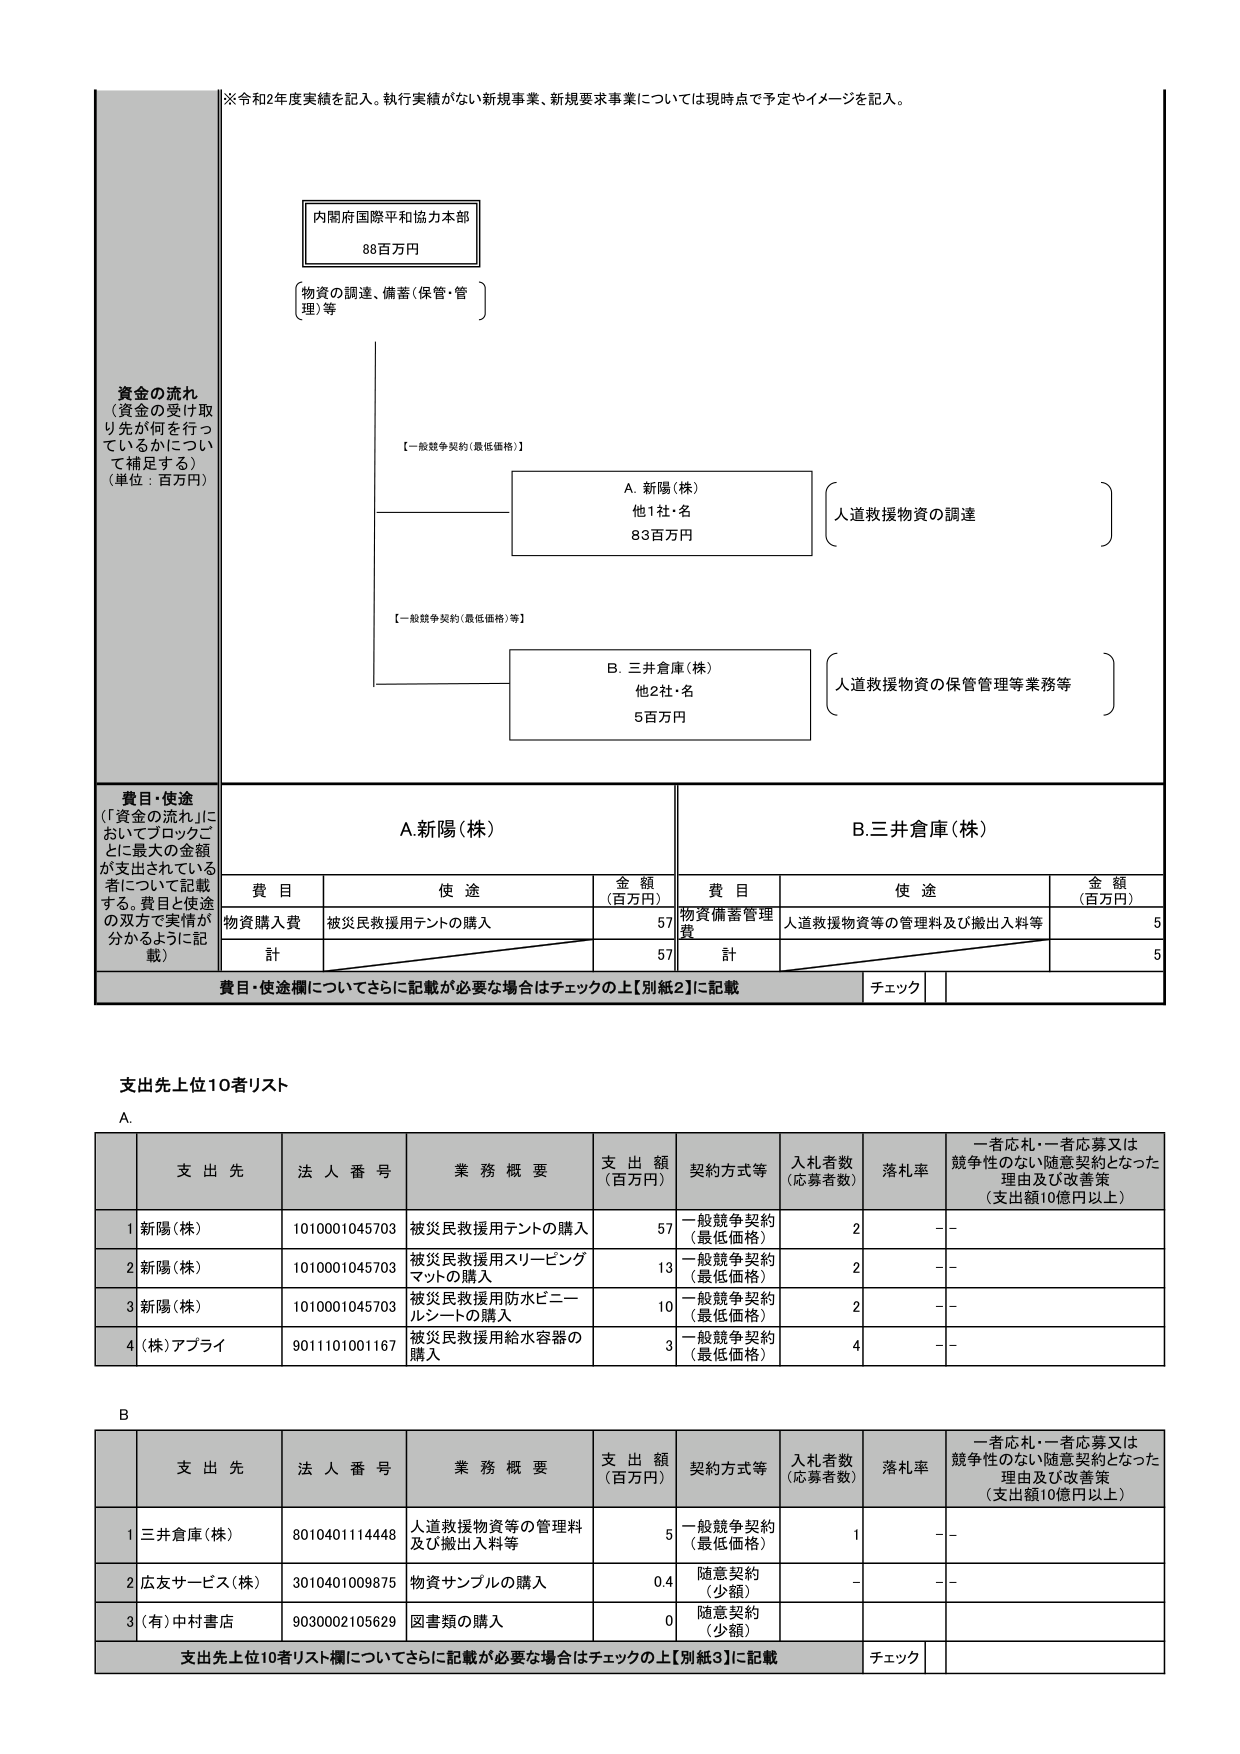
※令和2年度実績を記入。執行実績がない新規事業、新規要求事業については現時点で予定やイメージを記入。

資金の流れ
（資金の受け取り先が何を行っているかについて補足する）
（単位：百万円）

内閣府国際平和協力本部
88百万円
（物資の調達、備蓄（保管・管理）等）

【一般競争契約（最低価格）】
A. 新陽（株）
他1社・名
83百万円
（人道救援物資の調達）

【一般競争契約（最低価格）等】
B. 三井倉庫（株）
他2社・名
5百万円
（人道救援物資の保管管理等業務等）

費目・使途
（「資金の流れ」においてブロックごとに最大の金額が支出されている者について記載する。費目と使途の双方で実情が分かるように記載）

A. 新陽（株）
| 費目 | 使途 | 金額（百万円） |
|------|------|----------------|
| 物資購入費 | 被災民救援用テントの購入 | 57 |
| 計 | | 57 |

B. 三井倉庫（株）
| 費目 | 使途 | 金額（百万円） |
|------|------|----------------|
| 物資備蓄管理費 | 人道救援物資等の管理料及び搬出入料等 | 5 |
| 計 | | 5 |

費目・使途欄についてさらに記載が必要な場合はチェックの上【別紙2】に記載
チェック

支出先上位10者リスト

A.
| | 支出先 | 法人番号 | 業務概要 | 支出額（百万円） | 契約方式等 | 入札者数（応募者数） | 落札率 | 一者応札・一者応募又は競争性のない随意契約となった理由及び改善策（支出額10億円以上） |
|---|--------|----------|----------|------------------|------------|----------------------|--------|------------------------------------------------------------------|
| 1 | 新陽（株） | 1010001045703 | 被災民救援用テントの購入 | 57 | 一般競争契約（最低価格） | 2 | - | |
| 2 | 新陽（株） | 1010001045703 | 被災民救援用スリーピングマットの購入 | 13 | 一般競争契約（最低価格） | 2 | - | |
| 3 | 新陽（株） | 1010001045703 | 被災民救援用防水ビニールシートの購入 | 10 | 一般競争契約（最低価格） | 2 | - | |
| 4 | （株）アプライ | 9011101001167 | 被災民救援用給水容器の購入 | 3 | 一般競争契約（最低価格） | 4 | - | |

B.
| | 支出先 | 法人番号 | 業務概要 | 支出額（百万円） | 契約方式等 | 入札者数（応募者数） | 落札率 | 一者応札・一者応募又は競争性のない随意契約となった理由及び改善策（支出額10億円以上） |
|---|--------|----------|----------|------------------|------------|----------------------|--------|------------------------------------------------------------------|
| 1 | 三井倉庫（株） | 8010401114448 | 人道救援物資等の管理料及び搬出入料等 | 5 | 一般競争契約（最低価格） | 1 | - | |
| 2 | 広友サービス（株） | 3010401009875 | 物資サンプルの購入 | 0.4 | 随意契約（少額） | - | - | |
| 3 | （有）中村書店 | 9030002105629 | 図書類の購入 | 0 | 随意契約（少額） | | | |

支出先上位10者リスト欄についてさらに記載が必要な場合はチェックの上【別紙3】に記載
チェック